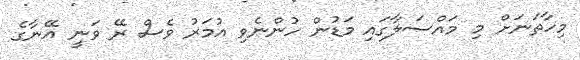
މިހާތަނަށް މި މައްސަލާގައި މަޑުން ހުންނެވި އުމަރު ވެސް ރޭ ވަނީ އޭނާގެ